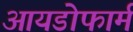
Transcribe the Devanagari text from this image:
आयडोफार्म